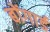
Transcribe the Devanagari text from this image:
बोंगार्ड